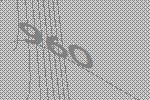
960